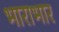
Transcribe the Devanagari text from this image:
भाराभार